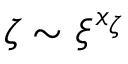
\zeta \sim \xi ^ { x _ { \zeta } }